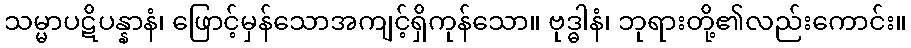
သမ္မာပဋိပန္နာနံ၊ ဖြောင့်မှန်သောအကျင့်ရှိကုန်သော။ ဗုဒ္ဓါနံ၊ ဘုရားတို့၏လည်းကောင်း။